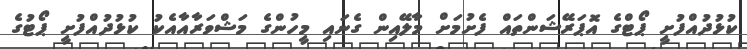
ކުޅުދުއްފުށީ ޕޯޓްގެ އޮޕަރޭޝަންތައް ފެށުމަށް މާލޭއިން ގެނައި މީހުންގެ މަޝްވަރާއާއެކު ކުޅުދުއްފުށީ ޕޯޓުގެ